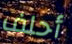
أحلف